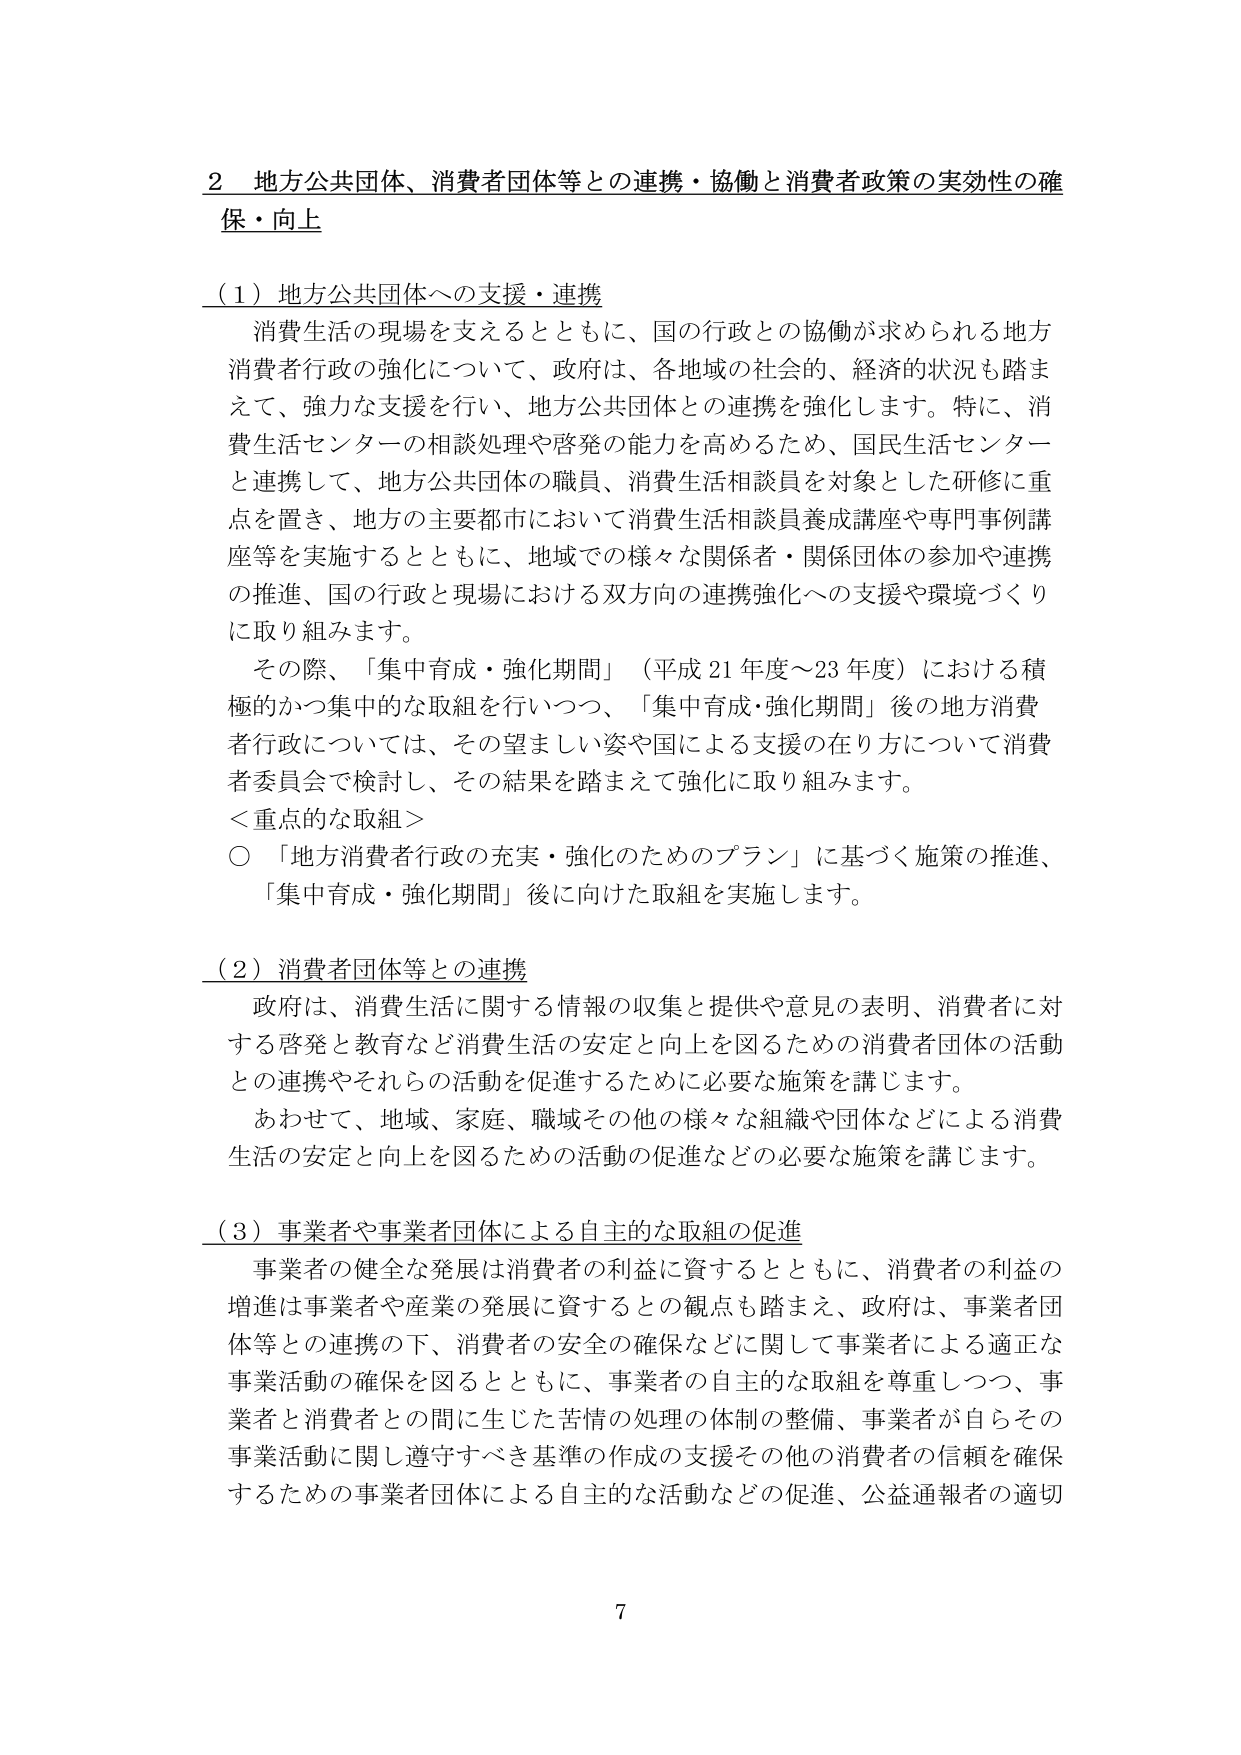
2 地方公共団体、消費者団体等との連携・協働と消費者政策の実効性の確保・向上

（1）地方公共団体への支援・連携
消費生活の現場を支えるとともに、国の行政との協働が求められる地方消費者行政の強化について、政府は、各地域の社会的、経済的状況も踏まえて、強力な支援を行い、地方公共団体との連携を強化します。特に、消費生活センターの相談処理や啓発の能力を高めるため、国民生活センターと連携して、地方公共団体の職員、消費生活相談員を対象とした研修に重点を置き、地方の主要都市において消費生活相談員養成講座や専門事例講座等を実施するとともに、地域での様々な関係者・関係団体の参加や連携の推進、国の行政と現場における双方向の連携強化への支援や環境づくりに取り組みます。
その際、「集中育成・強化期間」（平成21年度～23年度）における積極的かつ集中的な取組を行いつつ、「集中育成・強化期間」後の地方消費者行政については、その望ましい姿や国による支援の在り方について消費者委員会で検討し、その結果を踏まえて強化に取り組みます。
＜重点的な取組＞
○ 「地方消費者行政の充実・強化のためのプラン」に基づく施策の推進、「集中育成・強化期間」後に向けた取組を実施します。

（2）消費者団体等との連携
政府は、消費生活に関する情報の収集と提供や意見の表明、消費者に対する啓発と教育など消費生活の安定と向上を図るための消費者団体の活動との連携やそれらの活動を促進するために必要な施策を講じます。
あわせて、地域、家庭、職域その他の様々な組織や団体などによる消費生活の安定と向上を図るための活動の促進などの必要な施策を講じます。

（3）事業者や事業者団体による自主的な取組の促進
事業者の健全な発展は消費者の利益に資するとともに、消費者の利益の増進は事業者や産業の発展に資するとの観点も踏まえ、政府は、事業者団体等との連携の下、消費者の安全の確保などに関して事業者による適正な事業活動の確保を図るとともに、事業者の自主的な取組を尊重しつつ、事業者と消費者との間に生じた苦情の処理の体制の整備、事業者が自らその事業活動に関し遵守すべき基準の作成の支援その他の消費者の信頼を確保するための事業者団体による自主的な活動などの促進、公益通報者の適切

7